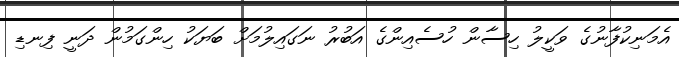
އެމަނިކުފާނުގެ ވަކީލު ހިސާން ހުސެއިންގެ އަބުރު ނަގައިލުމަށް ބަޔަކު ހިންގަމުން ދަނީ ފިނޑި